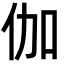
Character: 伽